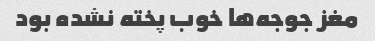
مغز جوجه‌ها خوب پخته نشده بود